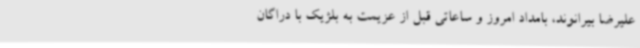
علیرضا بیرانوند، بامداد امروز و ساعاتی قبل از عزیمت به بلژیک با دراگان